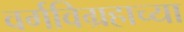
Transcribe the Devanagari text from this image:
वर्गविग्रहाच्या